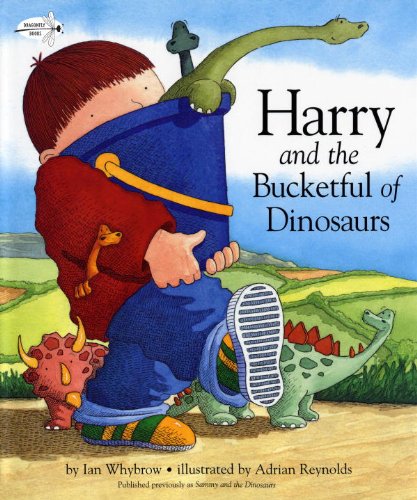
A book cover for Harry and the Bucketful of Dinosaurs (Harry and the Dinosaurs); Ian Whybrow; Children's Books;